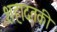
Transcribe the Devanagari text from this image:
शहादतकी